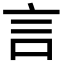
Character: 言